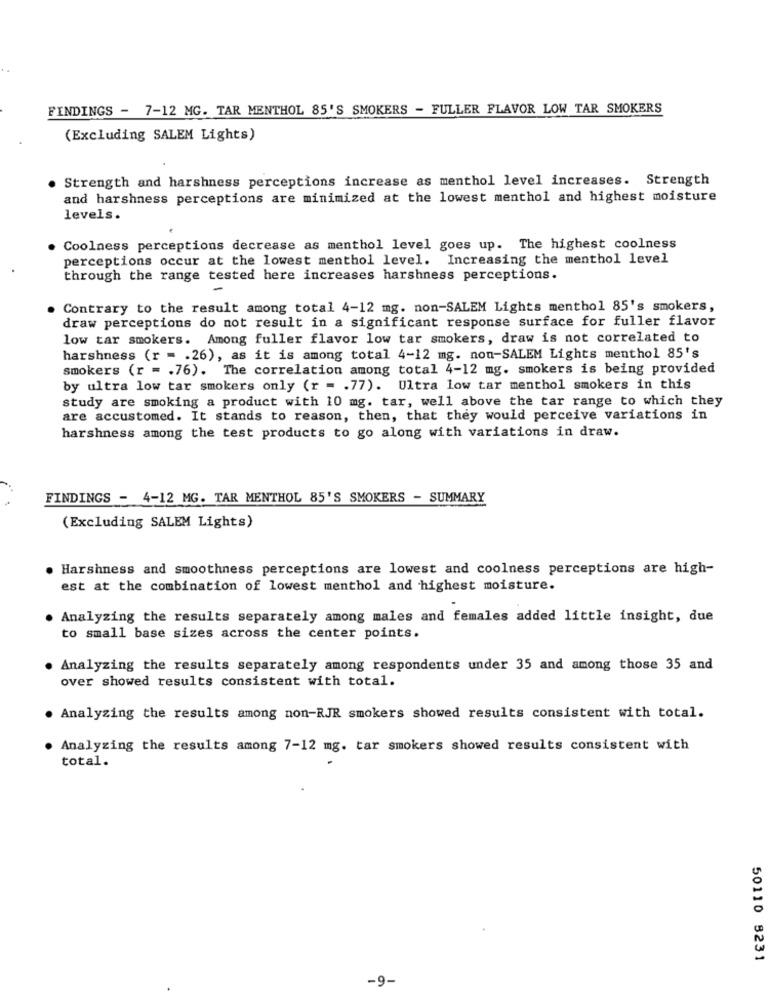
FINDINGS - 7-12 MG. TAR MENTHOL 85'S SMOKERS - FULLER FLAVOR LOW TAR SMOKERS
(Excluding SALEM Lights)
Strength and harshness perceptions increase as menthol level increases. Strength
and harshness perceptions are minimized at the lowest menthol and highest moisture
levels.
. Coolness perceptions decrease as menthol level goes up. The highest coolness
perceptions occur at the lowest menthol level. Increasing the menthol level
through the range tested here increases harshness perceptions.
Contrary to the result among total 4-12 mg. non-SALEM Lights menthol 85's smokers,
draw perceptions do not result in a significant response surface for fuller flavor
low tar smokers. Among fuller flavor low tar smokers, draw is not correlated to
harshness (r = . 26), as it is among total 4-12 mg. non-SALEM Lights menthol 85's
smokers (r = . 76). The correlation among total 4-12 mg. smokers is being provided
by ultra low tar smokers only (r = . 77). Ultra low tar menthol smokers in this
study are smoking a product with 10 mg. tar, well above the tar range to which they
are accustomed. It stands to reason, then, that they would perceive variations in
harshness among the test products to go along with variations in draw.
FINDINGS - 4-12 MG. TAR MENTHOL 85'S SMOKERS - SUMMARY
(Excluding SALEM Lights)
Harshness and smoothness perceptions are lowest and coolness perceptions are high-
est at the combination of lowest menthol and highest moisture.
. Analyzing the results separately among males and females added little insight, due
to small base sizes across the center points.
. Analyzing the results separately among respondents under 35 and among those 35 and
over showed results consistent with total.
. Analyzing the results among non-RJR smokers showed results consistent with total.
Analyzing the results among 7-12 mg. tar smokers showed results consistent with
total.
50110 8231
-9-